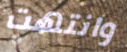
وانتهت